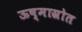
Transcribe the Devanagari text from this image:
ऊष्मास्रोत